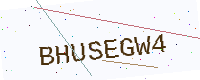
Text: BHUSEGW4